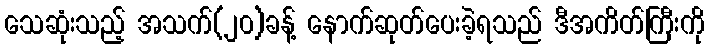
သေဆုံးသည့် အသက်(၂၀)ခန့် နောက်ဆုတ်ပေးခဲ့ရသည် ဒီအကိတ်ကြီးကို